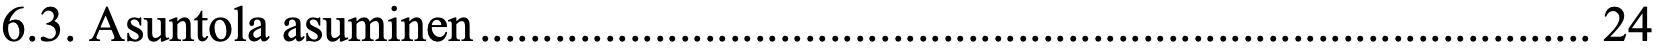
6.3. Asuntola asuminen ......................................................................................... 24